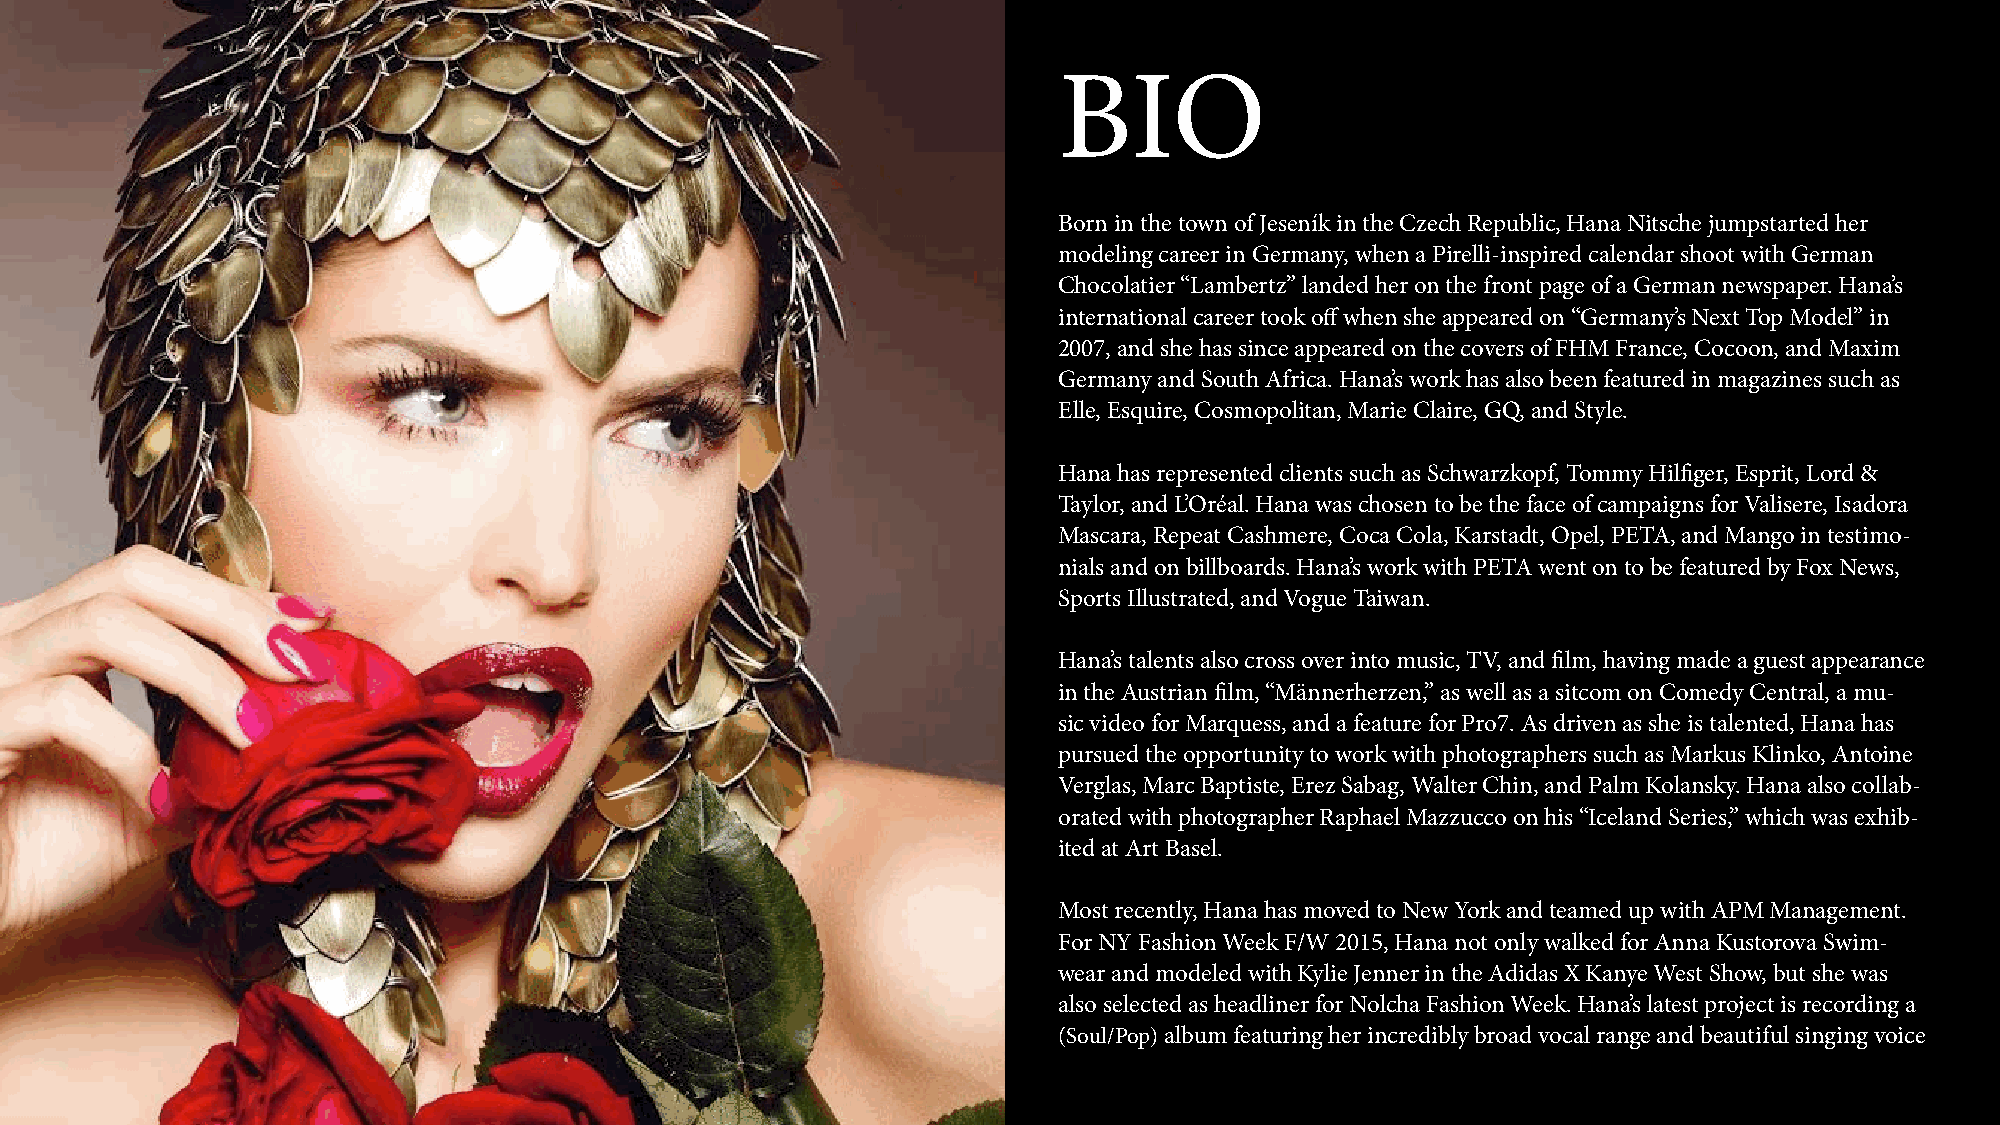
BIO
 Born in the town of Jeseník in the Czech Republic, Hana Nitsche jumpstarted her
 modeling career in Germany, when a Pirelli-inspired calendar shoot with German
 Chocolatier “Lambertz” landed her on the front page of a German newspaper. Hana’s
 international career took off when she appeared on “Germany’s Next Top Model” in
 2007, and she has since appeared on the covers of FHM France, Cocoon, and Maxim
 Germany and South Africa. Hana’s work has also been featured in magazines such as
 Elle, Esquire, Cosmopolitan, Marie Claire, GQ, and Style.
 Hana has represented clients such as Schwarzkopf, Tommy Hilfiger, Esprit, Lord &
 Taylor, and L’Oréal. Hana was chosen to be the face of campaigns for Valisere, Isadora
 Mascara, Repeat Cashmere, Coca Cola, Karstadt, Opel, PETA, and Mango in testimo-
 nials and on billboards. Hana’s work with PETA went on to be featured by Fox News,
 Sports Illustrated, and Vogue Taiwan.
 Hana’s talents also cross over into music, TV, and film, having made a guest appearance
 in the Austrian film, “Männerherzen,” as well as a sitcom on Comedy Central, a mu-
 sic video for Marquess, and a feature for Pro7. As driven as she is talented, Hana has
 pursued the opportunity to work with photographers such as Markus Klinko, Antoine
 Verglas, Marc Baptiste, Erez Sabag, Walter Chin, and Palm Kolansky. Hana also collab-
 orated with photographer Raphael Mazzucco on his “Iceland Series,” which was exhib-
 ited at Art Basel.
 Most recently, Hana has moved to New York and teamed up with APM Management.
 For NY Fashion Week F/W 2015, Hana not only walked for Anna Kustorova Swim-
 wear and modeled with Kylie Jenner in the Adidas X Kanye West Show, but she was
 also selected as headliner for Nolcha Fashion Week. Hana’s latest project is recording a
 (Soul/Pop) album featuring her incredibly broad vocal range and beautiful singing voice